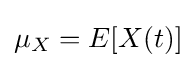
\mu _{X}=E[X(t)]